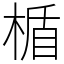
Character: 楯